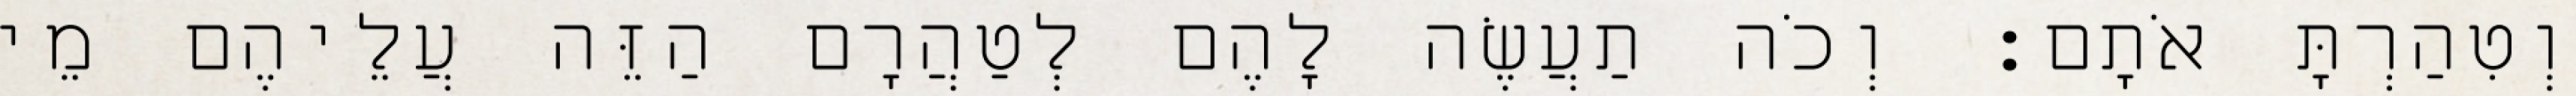
וְטִהַרְתָּ אֹתָם׃ וְכֹה תַעֲשֶׂה לָהֶם לְטַהֲרָם הַזֵּה עֲלֵיהֶם מֵי